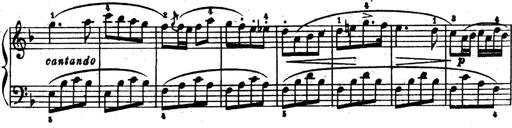
Title: 6 Piano Sonatinas
Composer: Cornelius Gurlitt